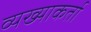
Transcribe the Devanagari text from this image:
व्यख्याकर्ता